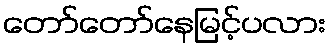
တော်တော်နေမြင့်ပလား